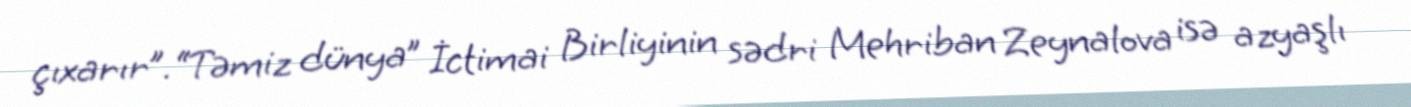
çıxarır”.“Təmiz dünya” İctimai Birliyinin sədri Mehriban Zeynalova isə azyaşlı